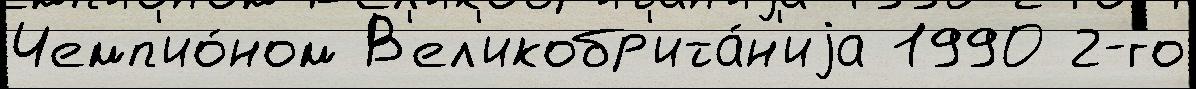
Чемп'ио́ном В'ел'икобр'ита́н'иjа 1990 2-го